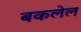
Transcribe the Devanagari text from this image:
बकलेल